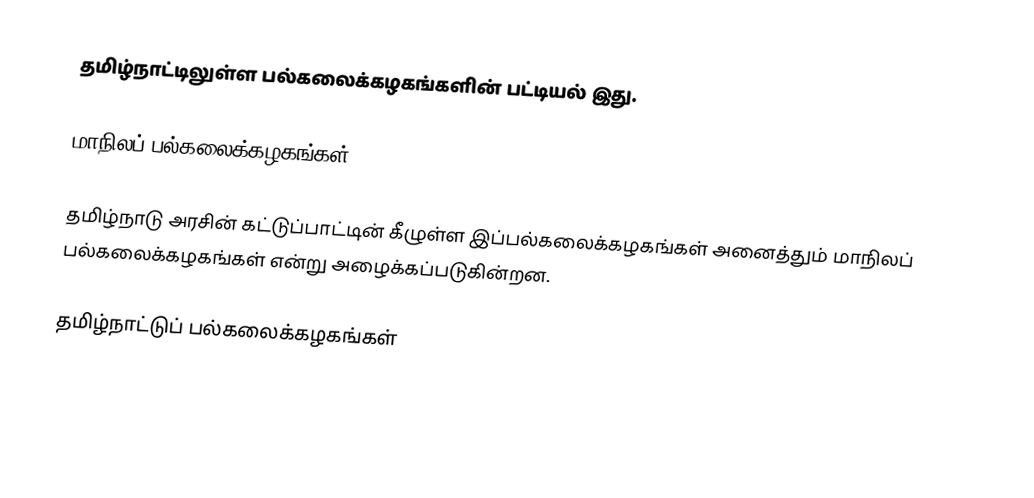
தமிழ்நாட்டிலுள்ள பல்கலைக்கழகங்களின் பட்டியல் இது.

மாநிலப் பல்கலைக்கழகங்கள்

தமிழ்நாடு அரசின் கட்டுப்பாட்டின் கீழுள்ள இப்பல்கலைக்கழகங்கள் அனைத்தும் மாநிலப் பல்கலைக்கழகங்கள் என்று அழைக்கப்படுகின்றன.

தமிழ்நாட்டுப் பல்கலைக்கழகங்கள்